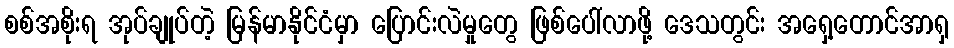
စစ်အစိုးရ အုပ်ချုပ်တဲ့ မြန်မာနိုင်ငံမှာ ပြောင်းလဲမှုတွေ ဖြစ်ပေါ်လာဖို့ ဒေသတွင်း အရှေ့တောင်အာရှ